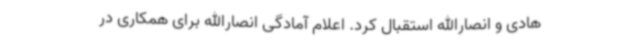
هادی و انصارالله استقبال کرد. اعلام آمادگی انصارالله برای همکاری در